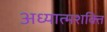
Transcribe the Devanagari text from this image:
अध्यात्मशक्ति